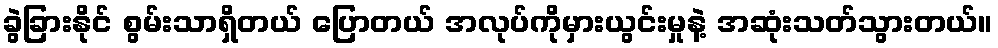
ခွဲခြားနိုင် စွမ်းသာရှိတယ် ပြောတယ် အလုပ်ကိုမှားယွင်းမှုနဲ့ အဆုံးသတ်သွားတယ်။